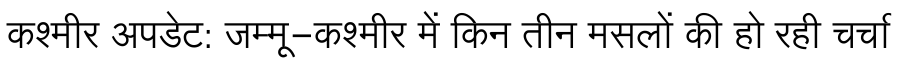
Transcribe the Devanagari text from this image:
कश्मीर अपडेट: जम्मू-कश्मीर में किन तीन मसलों की हो रही चर्चा